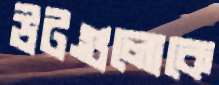
উটগুলোকে